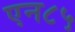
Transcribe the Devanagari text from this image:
एन८५